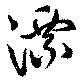
漂